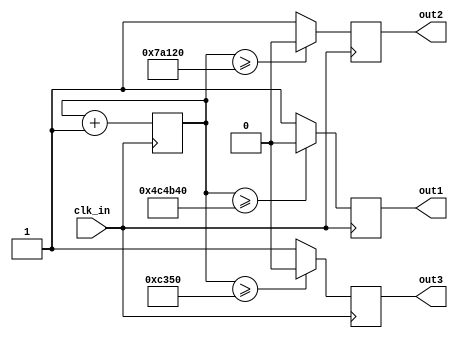
module test(
       clk_in,
       out1,
		 out2,
		 out3
    );
input clk_in;
output out1, out2, out3;

reg [25:0] count;
reg out1, out2, out3;

always@(posedge clk_in)
begin
	count <= count + 1;
	
	if(count >= 5000000)
		out1 <= 0;
	else
		out1 <= 1;
		
	if(count >= 500000)
		out2 <= 0;
	else
		out2 <= 1;
		
	if(count >= 50000)
		out3 <= 0;
	else
		out3 <= 1;
end
    
endmodule